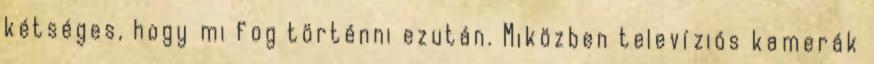
kétséges, hogy mi fog történni ezután. Miközben televíziós kamerák